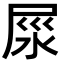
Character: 𡱴